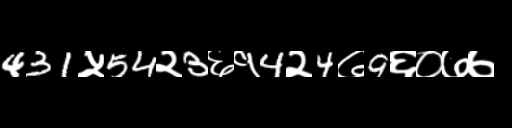
Text: 431५54२3६१4२4७9६०७७